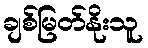
ချစ်မြတ်နိုးသူ